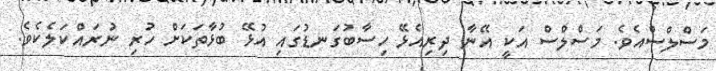
މަސްލްސްއެވެ. މަސްލްސް އަކީ އޭނާ ދިރިއެޅޭ ހިސާބުގަނޑުގައި އުޅޭ ބުޅާތަކަށް ހުރި ނުރައްކަލެކެވެ.